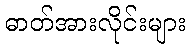
ဓာတ်အားလိုင်းများ